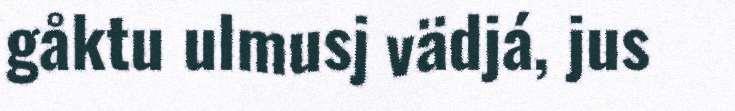
gåktu ulmusj vädjá, jus